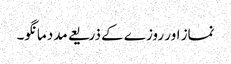
نماز اور روزے کے ذریعے مدد مانگو۔